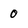
Character: 0